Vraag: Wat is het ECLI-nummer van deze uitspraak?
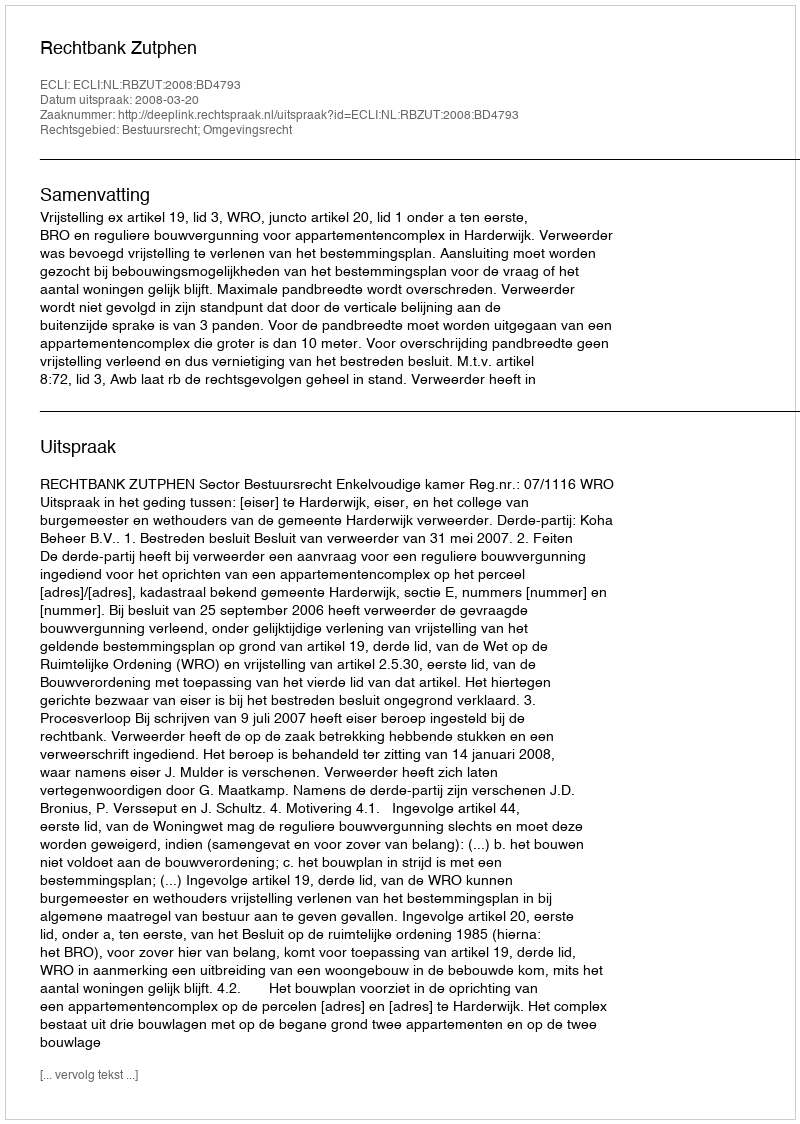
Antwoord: ECLI:NL:RBZUT:2008:BD4793